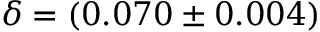
\delta = ( 0 . 0 7 0 \pm 0 . 0 0 4 )